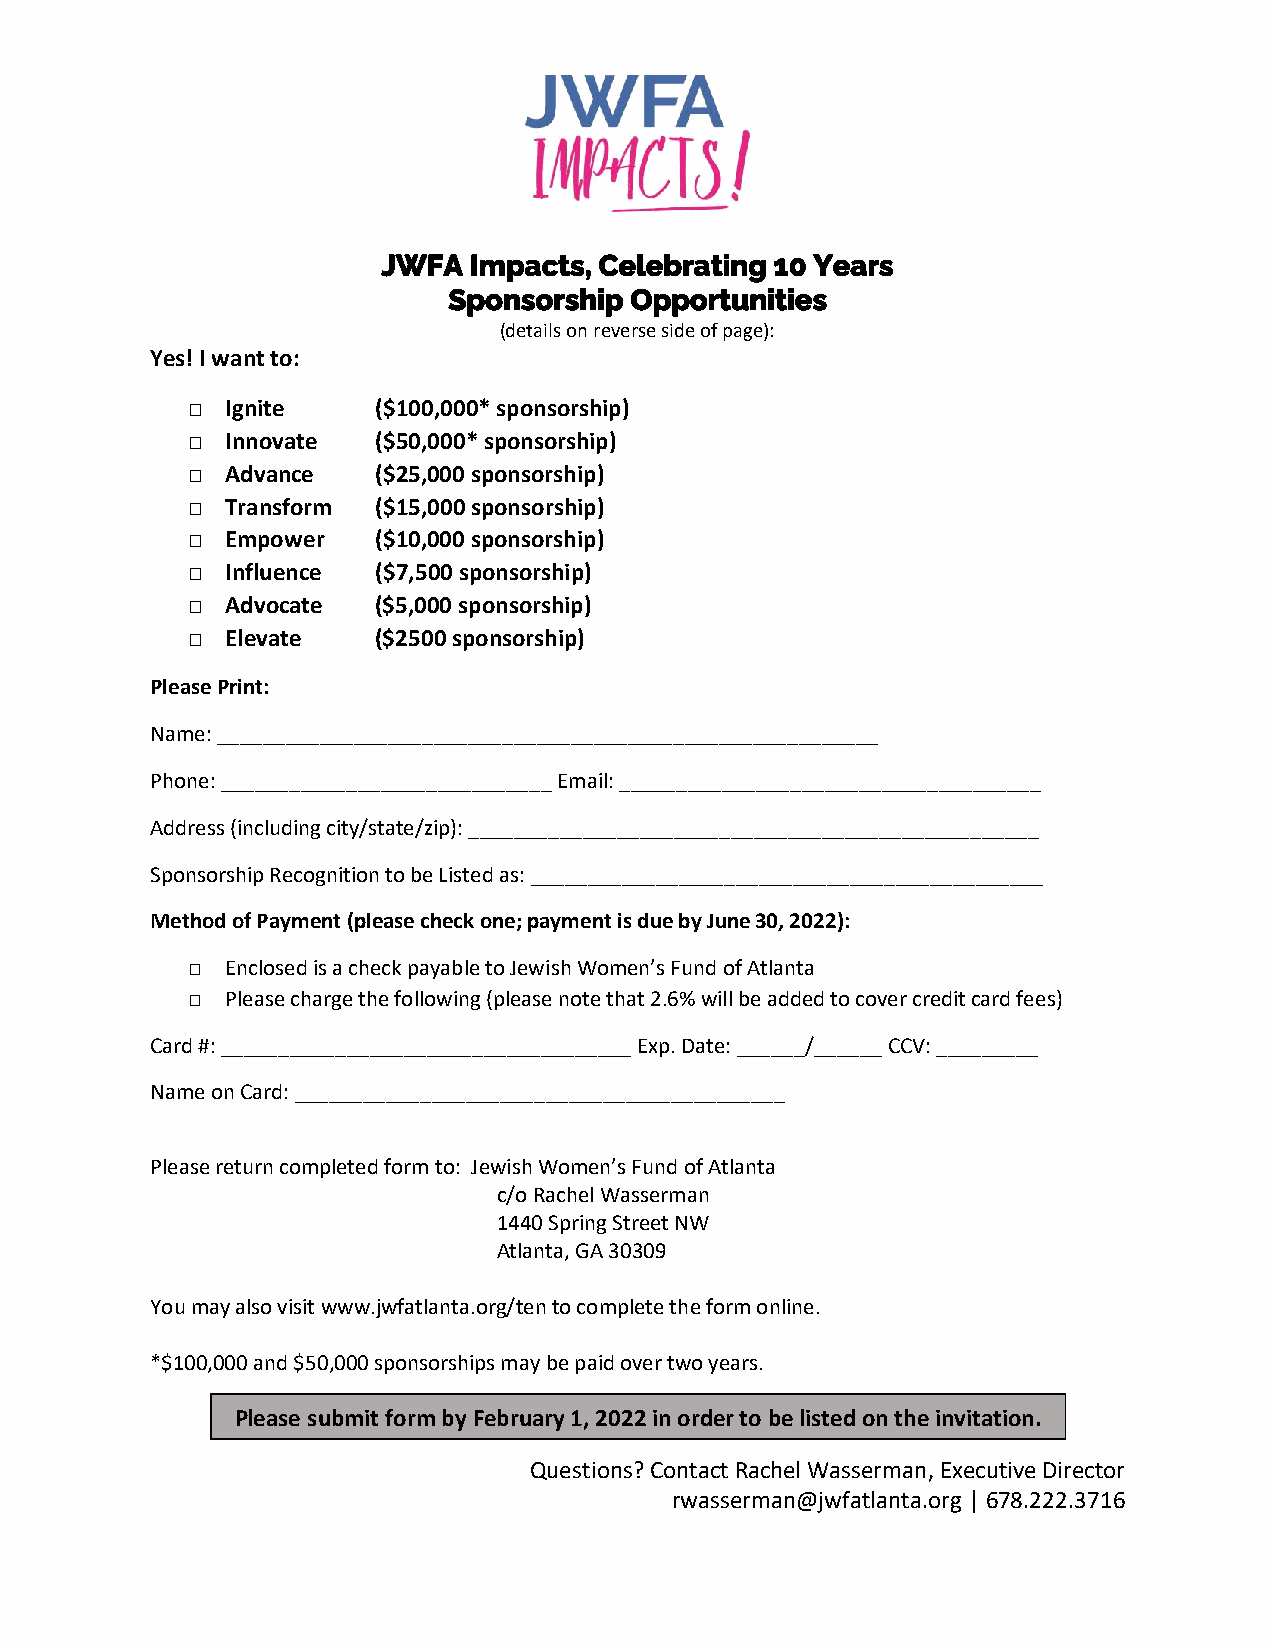
JWFA  Impacts, Celebrating 10 Years
 Sponsorship Opportunities
 (details on reverse side of page):
 Yes! I want to:
 □  Ignite    ($100,000* sponsorship)
 □  Innovate  ($50,000* sponsorship)
 □  Advance   ($25,000 sponsorship)
 □  Transform ($15,000 sponsorship)
 □  Empower   ($10,000 sponsorship)
 □  Influence ($7,500 sponsorship)
 □  Advocate  ($5,000 sponsorship)
 □  Elevate   ($2500 sponsorship)
 Please Print:
 Name: __________________________________________________________
 Phone: _____________________________ Email: _____________________________________
 Address (including city/state/zip): __________________________________________________
 Sponsorship Recognition to be Listed as: _____________________________________________
 Method of Payment (please check one; payment is due by June 30, 2022):
 □  Enclosed is a check payable to Jewish Women’s Fund of Atlanta
 □  Please charge the following (please note that 2.6% will be added to cover credit card fees)
 Card #: ____________________________________ Exp. Date: ______/______ CCV: _________
 Name on Card: ___________________________________________
 Please return completed form to: Jewish Women’s Fund of Atlanta
 c/o Rachel Wasserman
 1440 Spring Street NW
 Atlanta, GA 30309
 You may also visit www.jwfatlanta.org/ten to complete the form online.
 *$100,000 and $50,000 sponsorships may be paid over two years.
 Please submit form by February 1, 2022 in order to be listed on the i nvitation.
 Questions? Contact Rachel Wasserman, Executive Director
 rwasserman@jwfatlanta.org │ 678.222.3716